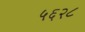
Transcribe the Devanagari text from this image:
५६२८